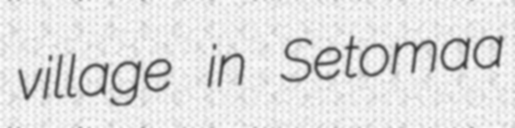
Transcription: village in Setomaa